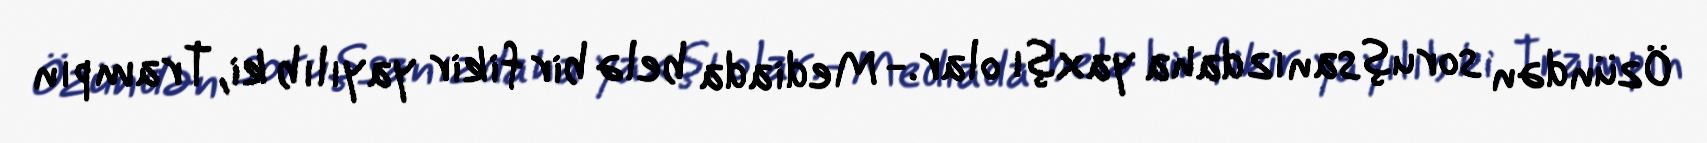
Özündən soruşsanız daha yaxşı olar.- Mediada belə bir fikir yayılıb ki, Trampın